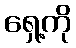
ရှေ့ကို